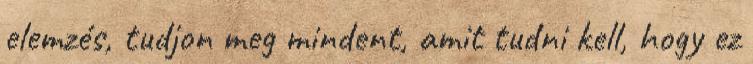
elemzés, tudjon meg mindent, amit tudni kell, hogy ez